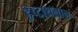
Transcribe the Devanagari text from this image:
हेप्टाथलान